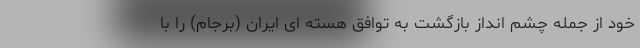
خود از جمله چشم انداز بازگشت به توافق هسته ای ایران (برجام) را با